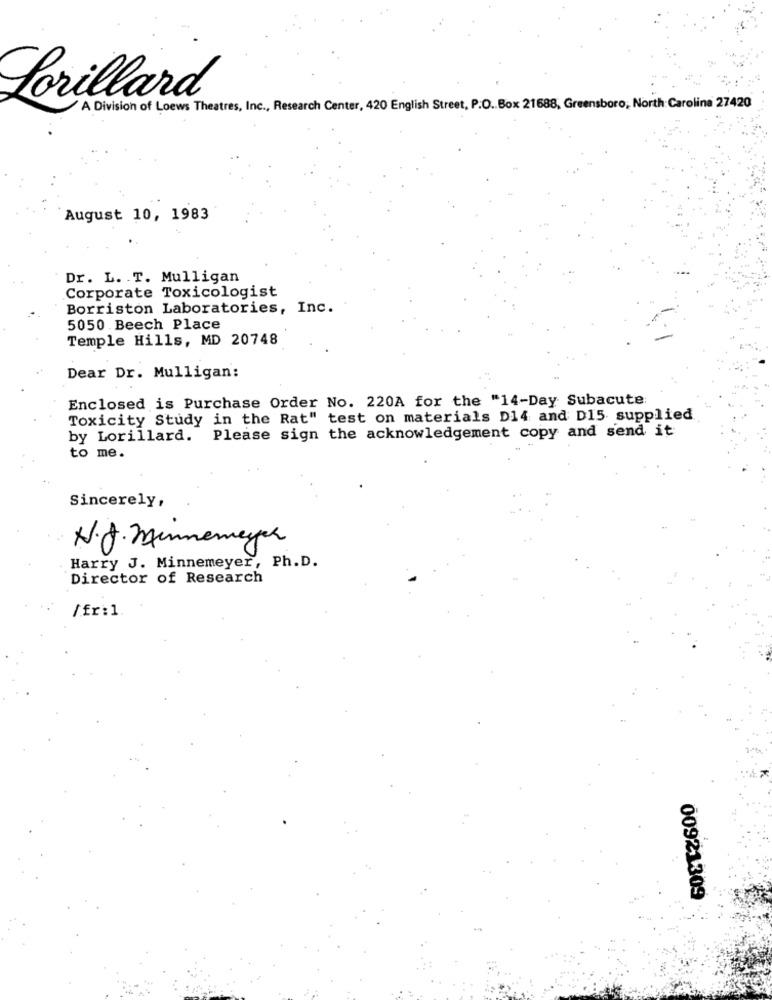
Lorillard
A Division of Loews Theatres, Inc ., Research Center, 420 English Street, P.O. Box 21688, Greensboro, North Carolina 27420
August 10, 1983
Dr. L. T. Mulligan
Corporate Toxicologist
Borriston Laboratories, Inc.
5050 Beech Place
Temple Hills, MD 20748
Dear Dr. Mulligan:
Enclosed is Purchase Order No. 220A for the "14-Day Subacute;
Toxicity Study in the Rat" test on materials D14 and D15 supplied
Please sign the acknowledgement copy and send it
by Lorillard.
to me.
Sincerely,
N.J. Minnemeyer
Harry J. Minnemeyer, Ph.D.
Director of Research
/fr:1.
00921309